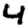
Digit: 4